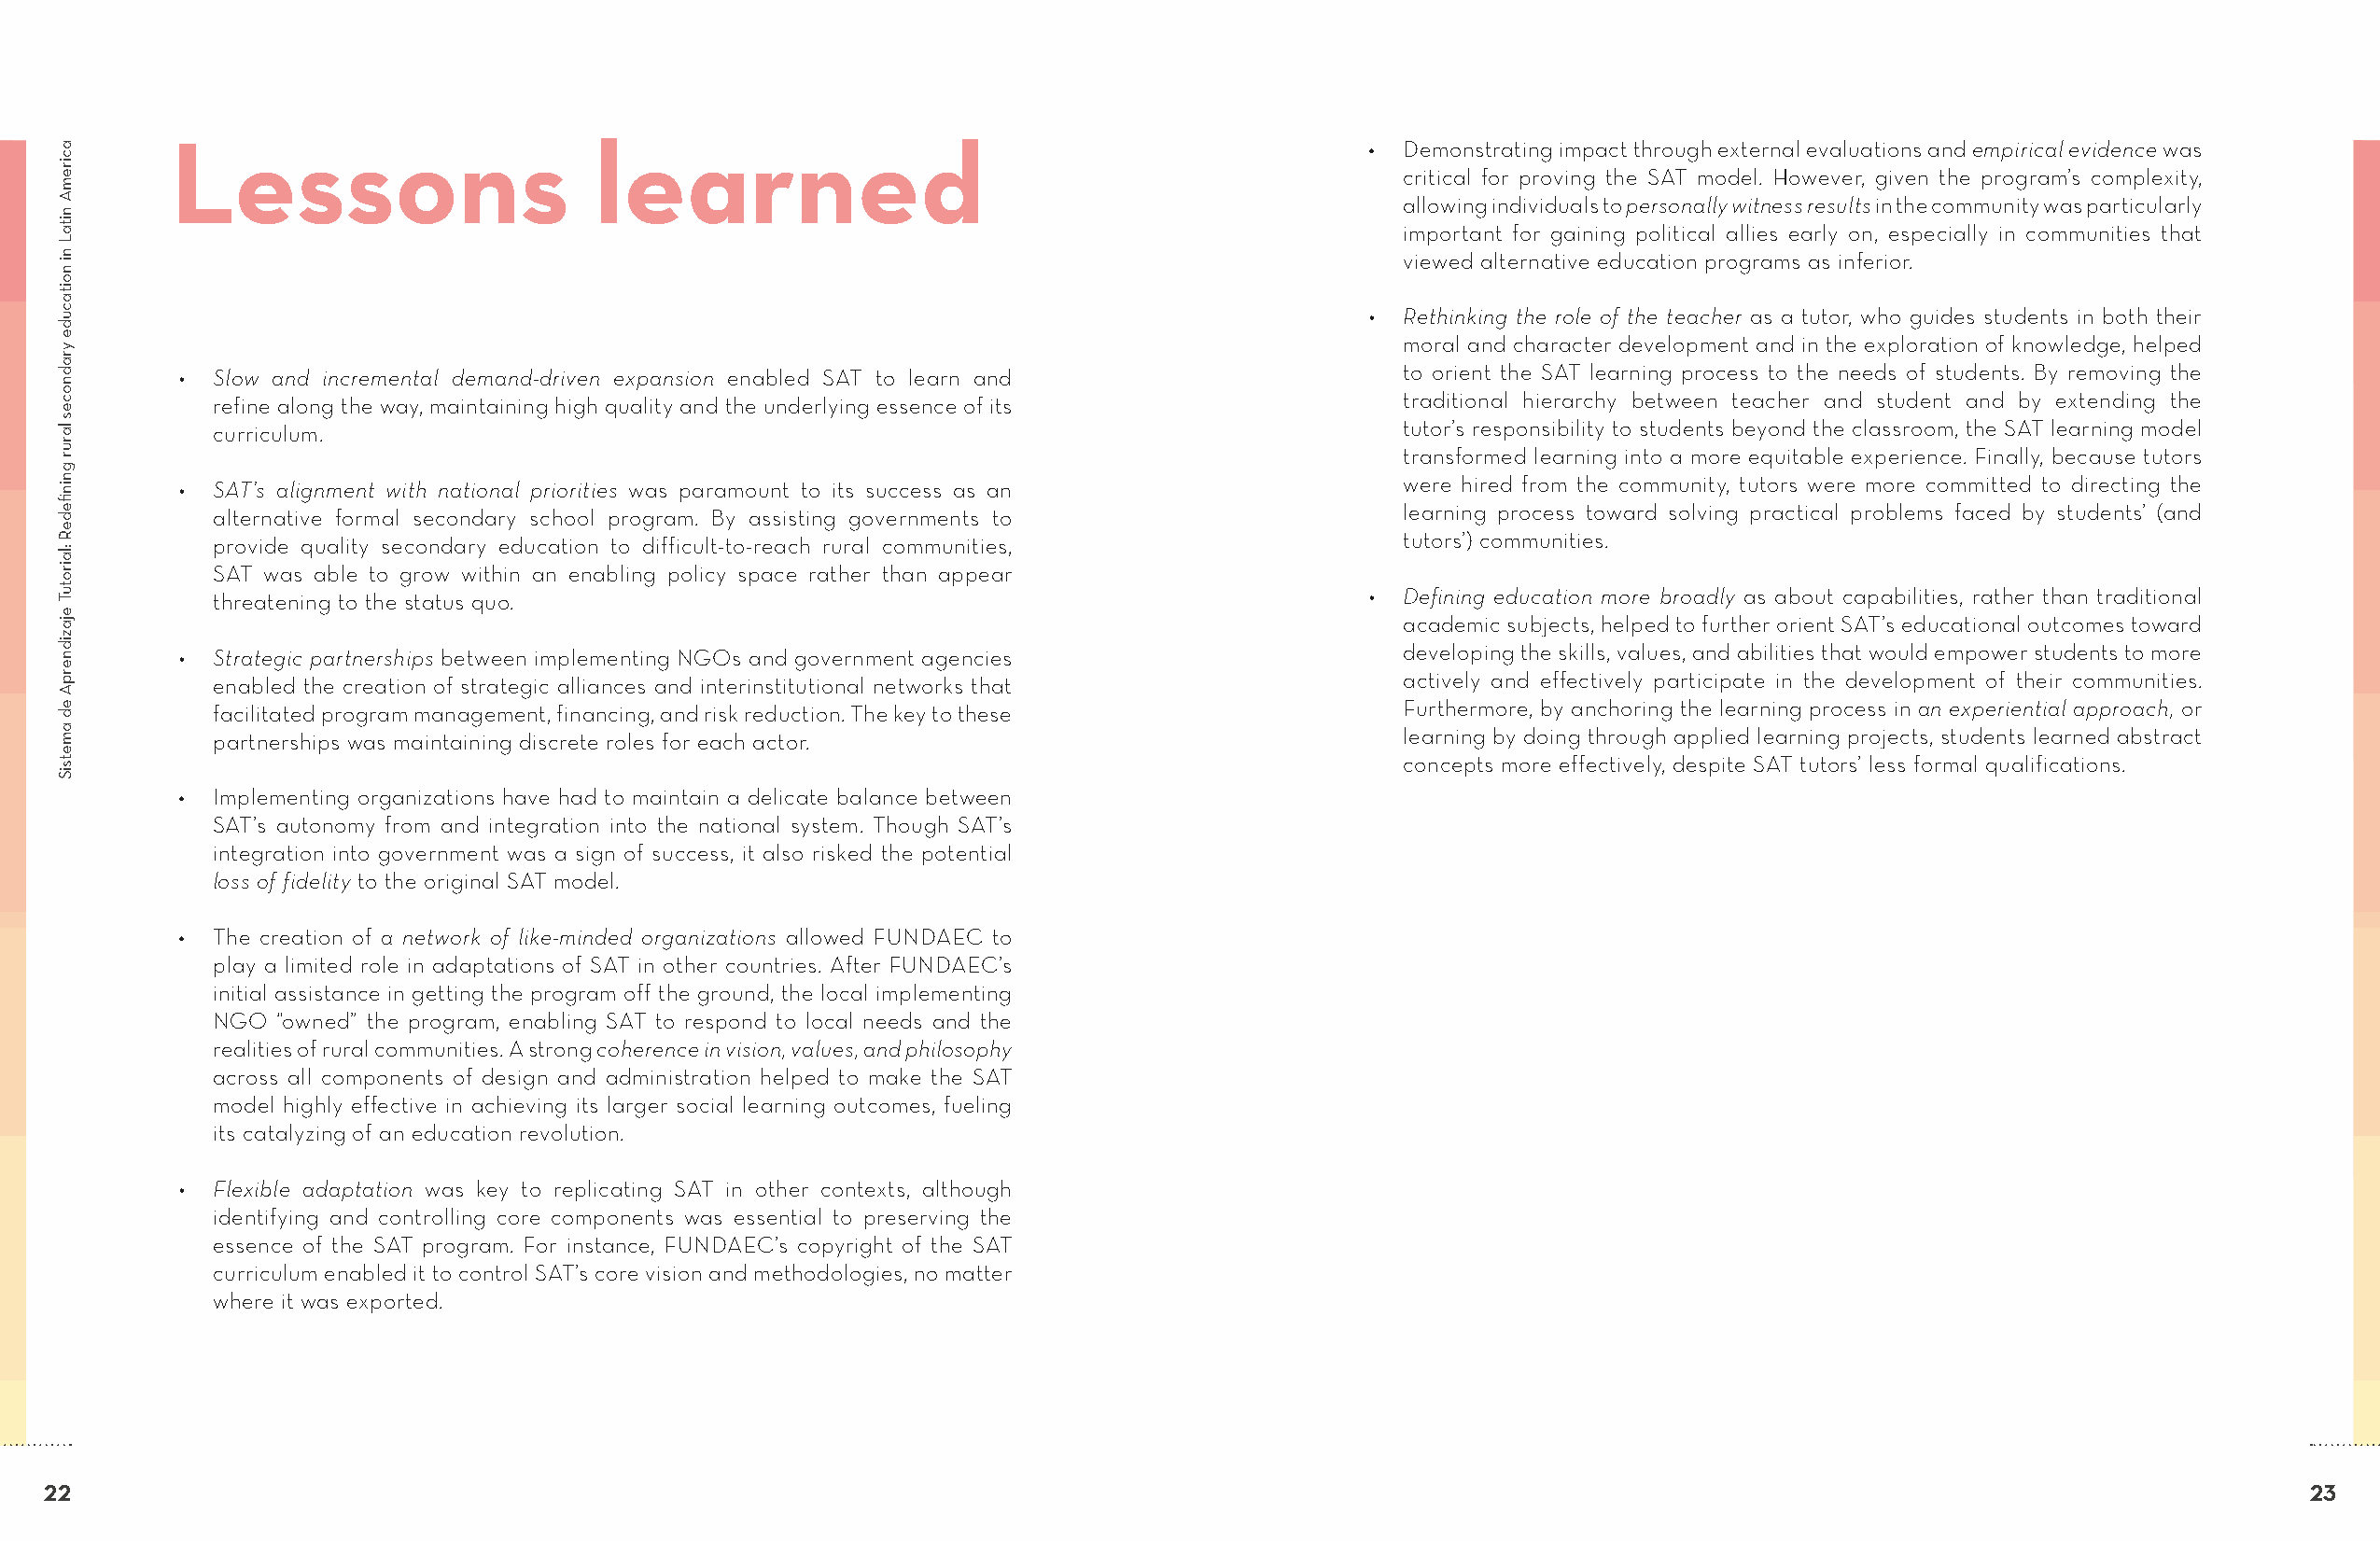
Lessons                       learned                                                •  Demonstrating impact through external evaluations and empirical evidence was
 critical for proving the SAT model. However, given the program’s complexity,
 allowing individuals to personally witness results in the community was particularly
 important for gaining political allies early on, especially in communities that
 viewed alternative education programs as inferior.
 •  Rethinking the role of the teacher as a tutor, who guides students in both their
 moral and character development and in the exploration of knowledge, helped
 • Slow and incremental demand-driven expansion enabled SAT to learn and                to orient the SAT learning process to the needs of students. By removing the
 refine along the way, maintaining high quality and the underlying essence of its     traditional hierarchy between teacher and student and by extending the
 curriculum.                                                                          tutor’s responsibility to students beyond the classroom, the SAT learning model
 transformed learning into a more equitable experience. Finally, because tutors
 • SAT’s alignment with national priorities was paramount to its success as an          were hired from the community, tutors were more committed to directing the
 alternative formal secondary school program. By assisting governments to             learning process toward solving practical problems faced by students’ (and
 provide quality secondary education to difficult-to-reach rural communities,         tutors’) communities.
 SAT was able to grow within an enabling policy space rather than appear
 threatening to the status quo.                                                    •  Defining education more broadly as about capabilities, rather than traditional
 academic subjects, helped to further orient SAT’s educational outcomes toward
 • Strategic partnerships between implementing NGOs and government agencies             developing the skills, values, and abilities that would empower students to more
 enabled the creation of strategic alliances and interinstitutional networks that     actively and effectively participate in the development of their communities.
 facilitated program management, financing, and risk reduction. The key to these      Furthermore, by anchoring the learning process in an experiential approach, or
 partnerships was maintaining discrete roles for each actor.                          learning by doing through applied learning projects, students learned abstract
 concepts more effectively, despite SAT tutors’ less formal qualifications.
 • Implementing organizations have had to maintain a delicate balance between
 SAT’s autonomy from and integration into the national system. Though SAT’s
 integration into government was a sign of success, it also risked the potential
 loss of fidelity to the original SAT model.
 • The creation of a network of like-minded organizations allowed FUNDAEC to
 play a limited role in adaptations of SAT in other countries. After FUNDAEC’s
 initial assistance in getting the program off the ground, the local implementing
 NGO  “owned” the program, enabling SAT to respond to local needs and the
 realities of rural communities. A strong coherence in vision, values, and philosophy
 across all components of design and administration helped to make the SAT
 model highly effective in achieving its larger social learning outcomes, fueling
 its catalyzing of an education revolution.
 • Flexible adaptation was key to replicating SAT in other contexts, although
 identifying and controlling core components was essential to preserving the
 essence of the SAT program. For instance, FUNDAEC’s copyright of the SAT
 curriculum enabled it to control SAT’s core vision and methodologies, no matter
 where it was exported.
 22                                                                                                                                                               23
 aciremA
 nitaL
 ni
 noitacude
 yradnoces
 larur
 gninfiedeR
 :lairotuT
 ejazidnerpA
 ed
 ametsiS